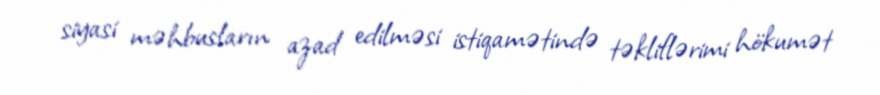
siyasi məhbusların azad edilməsi istiqamətində təkliflərimi hökumət